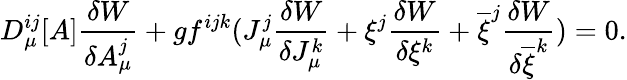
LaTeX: D_{\mu}^{ij}[A]\frac{\delta W}{\delta A_{\mu}^{j}}+gf^{ijk}(J_{\mu}^{j}\frac{\delta W}{\delta J_{\mu}^{k}}+\xi^{j}\frac{\delta W}{\delta\xi^{k}}+\overline{{{\xi}}}^{j}\frac{\delta W}{\delta\overline{{{\xi}}}^{k}})=0.